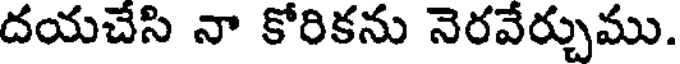
దయచేసి నా కోరికను నెరవేర్చుము.